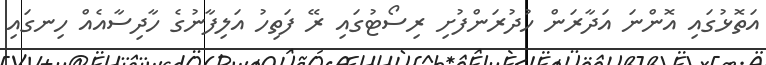
އަތޮޅުގައި އޮންނަ އަދާރަން ހުދުރަންފުށި ރިސޯޓުގައި ރޭ ފަތިހު އަލިފާނުގެ ހާދިސާއެއް ހިނގައި